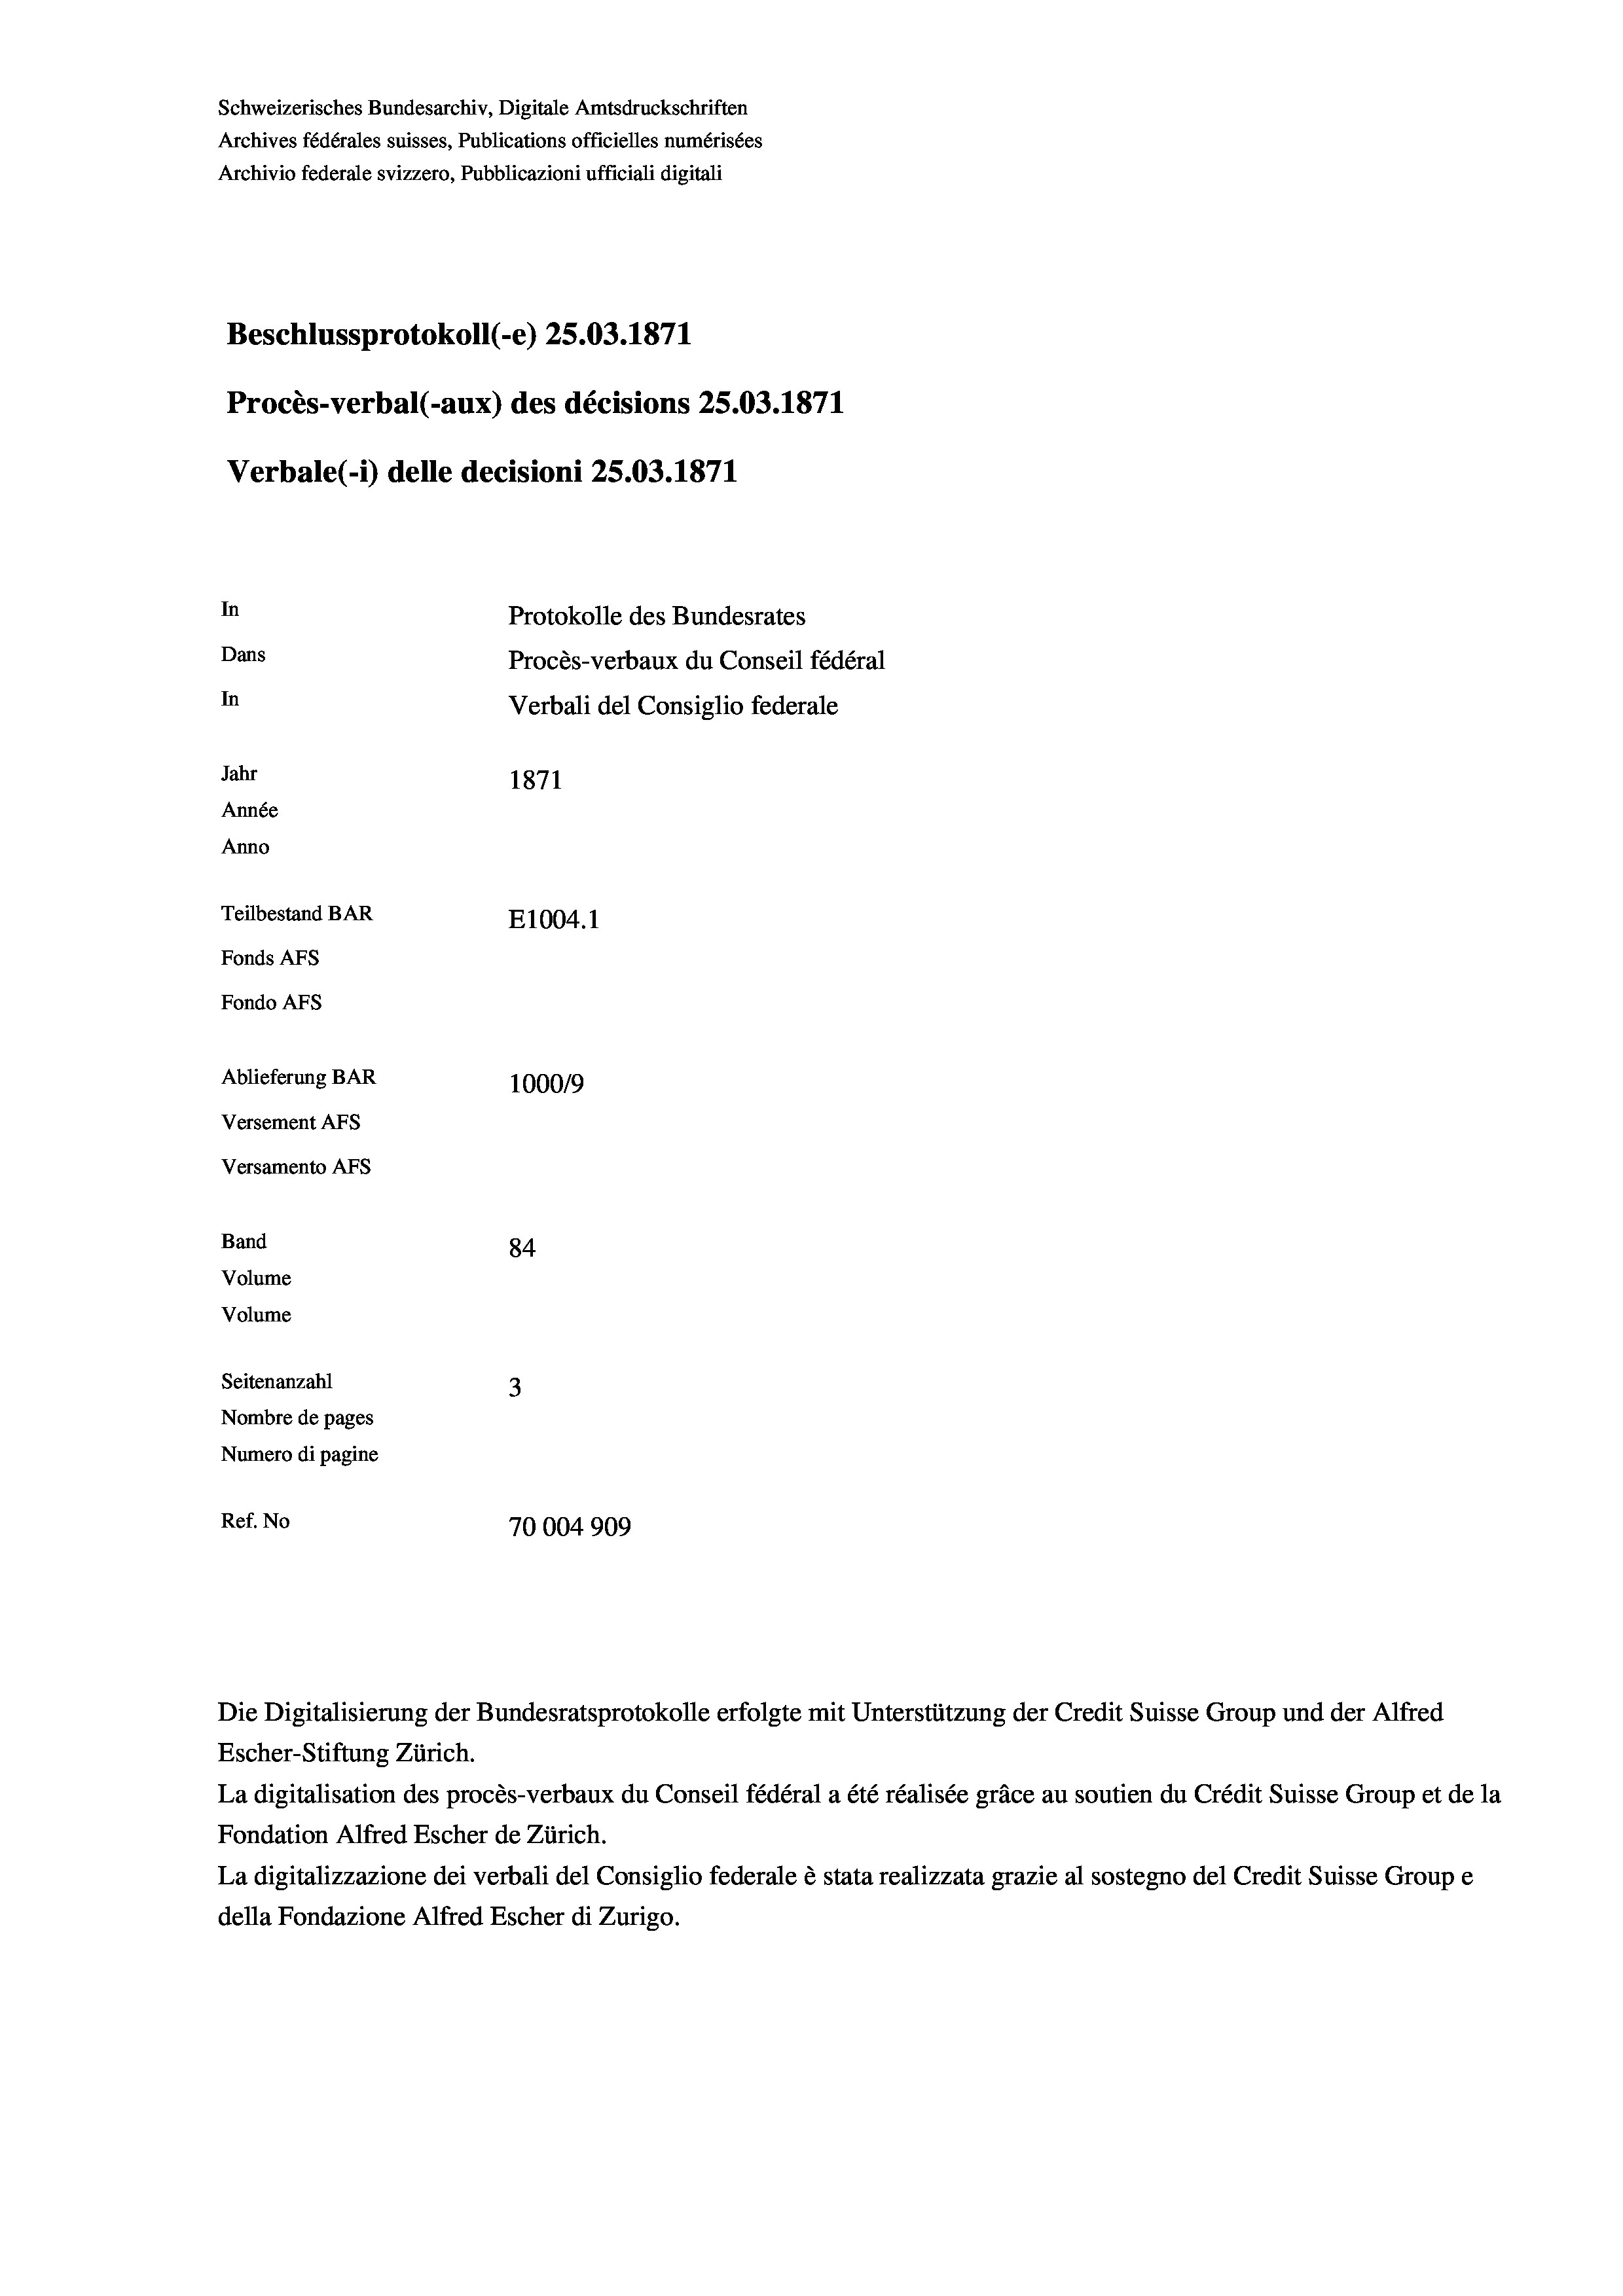
Schweizerisches Bundesarchiv, Digitale Amtsdruckschriften
Archives fédérales suisses, Publications officielles numérisées
Archivio federale svizzero, Pubblicazioni ufficiali digitali
Beschlussprotokoll (-e) 25.03. 1871
Procès-verbal (-aux) des décisions 25.03. 1871
Verbale (i) delle decisioni 25.03. 1871
In
Protokolle des Bundesrates
Dans
Procès-verbaux du Conseil fédéral
In
Verbali del Consiglio federale
Jahr
1871
Année
Anno
Teilbestand BAR
E1004.1
Fonds AFs
Fondo AFs
Ablieferung BAR
100019
Versement Abs
Versamento Afs
Band
84
Volume
Volume
Seitenanzahl
3
Nombre de pages
Numero di pagine
Ref. No
70004909

Die Digitalisierung der Bundesratsprotokolle erfolgte mit Unterstützung der Credit Suisse Group und der Alfred

Escher-Stiftung Zürich.
La digitalisation des procès-verbaux du Conseil fédéral a été réalisée gräce au soutien du Crédit Suisse Group et de la
Fondation Alfred Escher de Zürich.
La digitalizzazione dei verbali del Consiglio federale è stata realizzata grazie al sostegno del Credit Suisse Groupe
della Fondazione Alfred Escher di Zurigo.